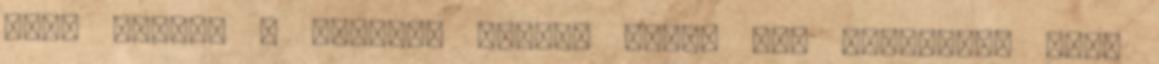
Ezek között a sziklák között pedig ott rejtőzhet maga